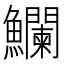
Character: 𩽥